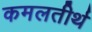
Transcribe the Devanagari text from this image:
कमलतीर्थ